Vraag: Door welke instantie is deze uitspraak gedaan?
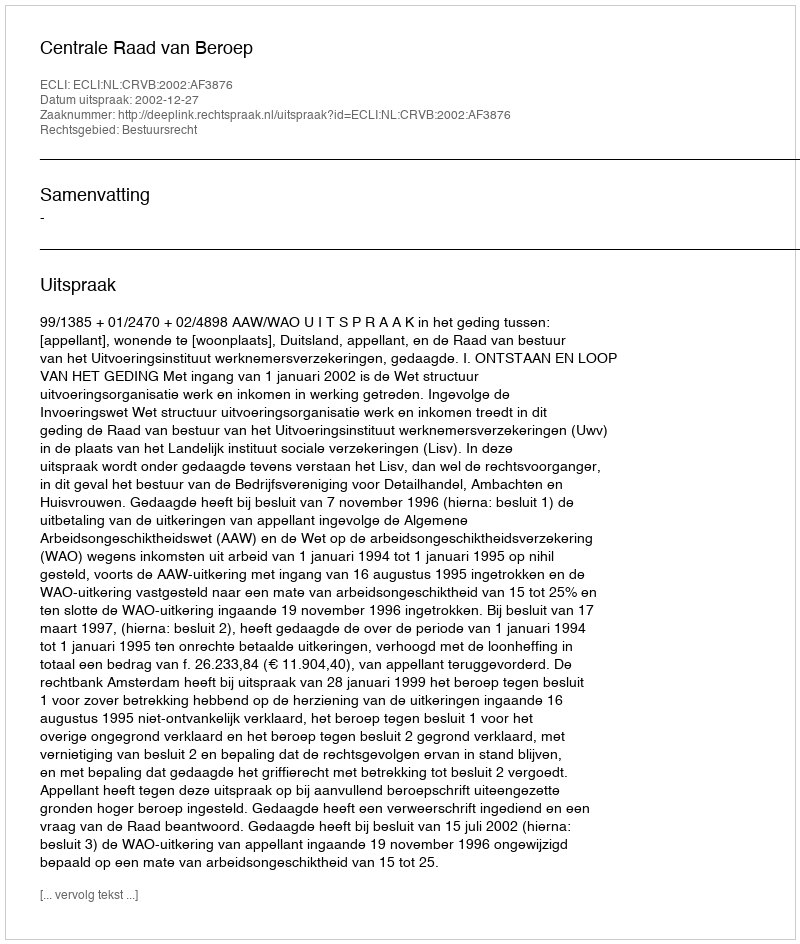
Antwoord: Centrale Raad van Beroep